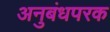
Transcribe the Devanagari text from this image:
अनुबंधपरक